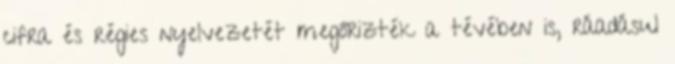
cifra és régies nyelvezetét megőrizték a tévében is, ráadásul